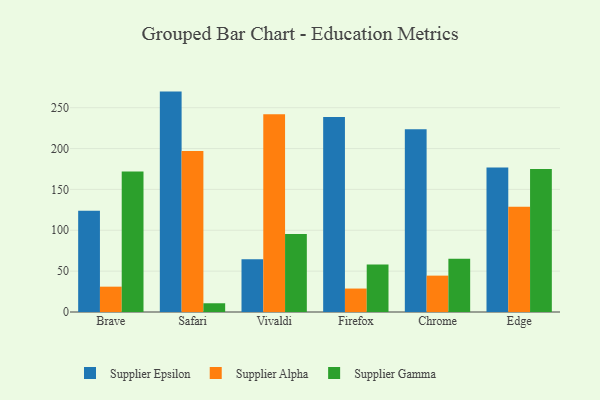
{"axis": {"x": "Browser", "y": "Gross Profit (USD K)"}, "legend": ["Supplier Alpha", "Supplier Epsilon", "Supplier Gamma"], "data": [{"x": "Brave", "y": 124.0, "type": "Supplier Epsilon"}, {"x": "Brave", "y": 31.0, "type": "Supplier Alpha"}, {"x": "Brave", "y": 172.0, "type": "Supplier Gamma"}, {"x": "Safari", "y": 269.7, "type": "Supplier Epsilon"}, {"x": "Safari", "y": 196.9, "type": "Supplier Alpha"}, {"x": "Safari", "y": 10.7, "type": "Supplier Gamma"}, {"x": "Vivaldi", "y": 64.5, "type": "Supplier Epsilon"}, {"x": "Vivaldi", "y": 241.9, "type": "Supplier Alpha"}, {"x": "Vivaldi", "y": 95.3, "type": "Supplier Gamma"}, {"x": "Firefox", "y": 238.7, "type": "Supplier Epsilon"}, {"x": "Firefox", "y": 28.7, "type": "Supplier Alpha"}, {"x": "Firefox", "y": 58.1, "type": "Supplier Gamma"}, {"x": "Chrome", "y": 223.6, "type": "Supplier Epsilon"}, {"x": "Chrome", "y": 44.5, "type": "Supplier Alpha"}, {"x": "Chrome", "y": 65.1, "type": "Supplier Gamma"}, {"x": "Edge", "y": 176.7, "type": "Supplier Epsilon"}, {"x": "Edge", "y": 128.9, "type": "Supplier Alpha"}, {"x": "Edge", "y": 174.9, "type": "Supplier Gamma"}]}